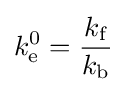
k_{\text{e}}^{0}={\frac {k_{\text{f}}}{k_{\text{b}}}}